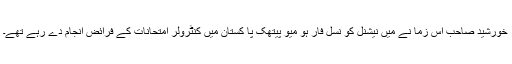
خورشید صاحب اس زما نے میں نیشنل کو نسل فار ہو میو پیتھک پا کستان میں کنٹرولر امتحانات کے فرائض انجام دے رہے تھے۔